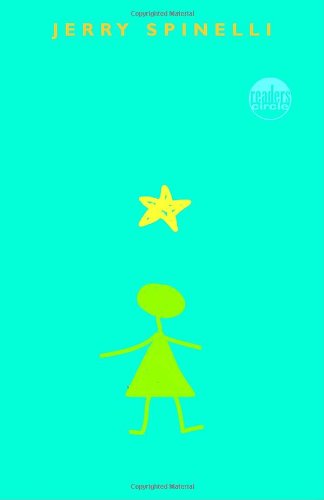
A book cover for Stargirl; Jerry Spinelli; Teen & Young Adult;